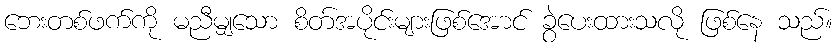
ဘေးတစ်ဖက်ကို မညီမျှသော စိတ်အပိုင်းများဖြစ်အောင် ခွဲပေးထားသလို ဖြစ်နေ သည်။